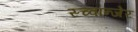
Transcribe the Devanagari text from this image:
स्च्वान्जेर